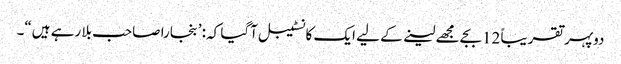
دوپہر تقریباً 12بجے مجھے لینے کے لیے ایک کانسٹیبل آگیا کہ: ’بنجارا صاحب بلا رہے ہیں“۔